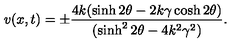
v ( x , t ) = \pm \frac { 4 k ( \sinh 2 \theta - 2 k \gamma \cosh 2 \theta ) } { ( \sinh ^ { 2 } 2 \theta - 4 k ^ { 2 } \gamma ^ { 2 } ) } .